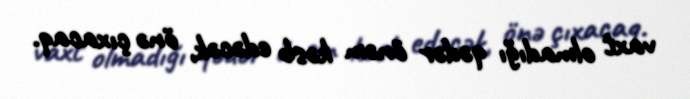
vaxt olmadığı qədər önəm kəsb edəcək, önə çıxacaq.